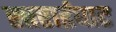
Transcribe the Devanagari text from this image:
साराईघाट